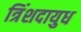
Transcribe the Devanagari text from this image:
त्रिंशदायुध